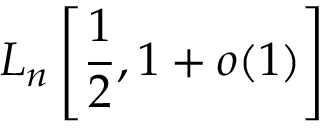
L _ { n } \left[ { \frac { 1 } { 2 } } , 1 + o ( 1 ) \right]